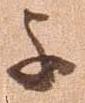
不